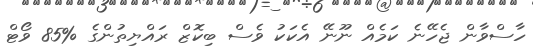
ހާސްވާން ޖެހޭނެ ކަމެއް ނޫނޭ އެކަކު ވެސް ބިކޮޒް ރައްޔިތުންގެ %85 ވޯޓް